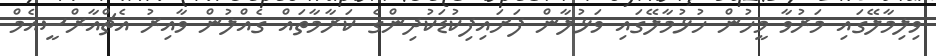
ވިލިމާލޭގައި މަރުވާ މީހުން ހުޅުމާލޭގައި ވަޅުލާން ފަށައިފިކުޑަކުދިންގެ ކަރާމާތައް ގެއްލުން ވާއިރު އެޗްއާރްސީއެމް